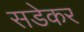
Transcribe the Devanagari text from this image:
सडेकर